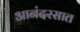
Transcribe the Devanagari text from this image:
आनंदरसात